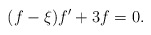
\begin{align*}(f-\xi)f^\prime+3f=0.\end{align*}